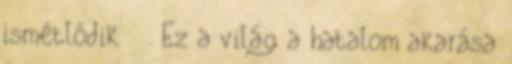
ismétlődik . Ez a világ a hatalom akarása